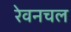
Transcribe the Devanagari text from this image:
रेवनचल